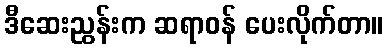
ဒီဆေးညွန်းက ဆရာဝန် ပေးလိုက်တာ။